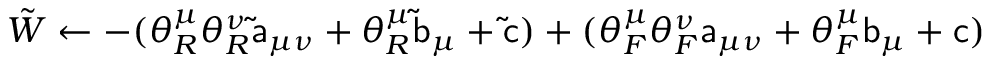
{ \tilde { W } } \gets - ( \theta _ { R } ^ { \mu } \theta _ { R } ^ { \nu } \mathsf { \tilde { a } } _ { \mu \nu } + \theta _ { R } ^ { \mu } \mathsf { \tilde { b } } _ { \mu } + \mathsf { \tilde { c } } ) + ( \theta _ { F } ^ { \mu } \theta _ { F } ^ { \nu } \mathsf { a } _ { \mu \nu } + \theta _ { F } ^ { \mu } \mathsf { b } _ { \mu } + \mathsf { c } )